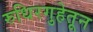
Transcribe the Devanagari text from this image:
रुधिरगुहेतून